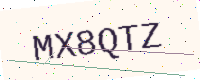
Text: MX8QTZ